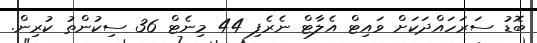
ބޮޑު ސަރަހައްދަކަށް ވައިޓް އެލާޓް ނެރެފި 44 މިނެޓް 36 ސިކުންތު ކުރިން.